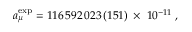
a _ { \mu } ^ { \mathrm { e x p } } = 1 1 6 \, 5 9 2 \, 0 2 3 \, ( 1 5 1 ) \; \times \; 1 0 ^ { - 1 1 } \; ,